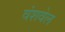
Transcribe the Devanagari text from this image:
वंशवेल